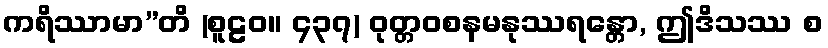
ကရိဿာမာ”တိ (စူဠဝ။ ၄၃၇) ဝုတ္တဝစနမနုဿရန္တော, ဤဒိသဿ စ